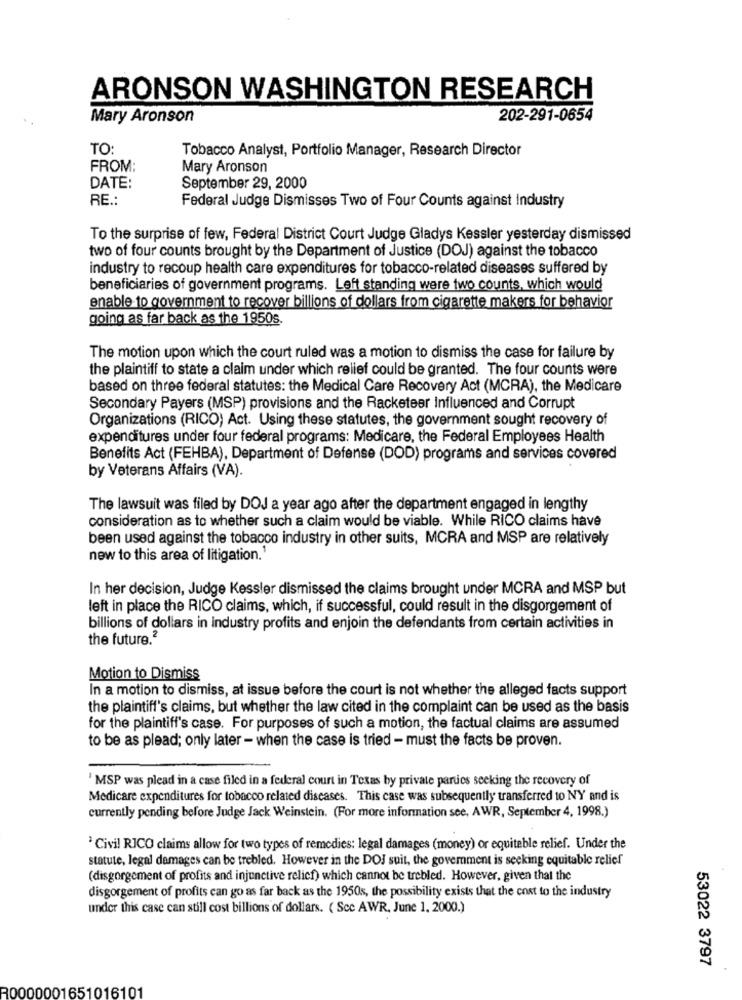
ARONSON WASHINGTON RESEARCH
Mary Aronson
202-291-0654
TO:
Tobacco Analyst, Portfolio Manager, Research Director
FROM:
Mary Aronson
DATE:
September 29, 2000
RE .:
Federal Judge Dismisses Two of Four Counts against Industry
To the surprise of few, Federal District Court Judge Gladys Kessler yesterday dismissed
two of four counts brought by the Department of Justice (DOJ) against the tobacco
industry to recoup health care expenditures for tobacco-related diseases suffered by
beneficiaries of government programs. Left standing were two counts, which would
enable to government to recover billions of dollars from cigarette makers for behavior
going as far back as the 1950s.
The motion upon which the court ruled was a motion to dismiss the case for failure by
the plaintiff to state a claim under which relief could be granted. The four counts were
based on three federal statutes: the Medical Care Recovery Act (MCRA), the Medicare
Secondary Payers (MSP) provisions and the Racketeer Influenced and Corrupt
Organizations (RICO) Act. Using these statutes, the government sought recovery of
expenditures under four federal programs: Medicare, the Federal Employees Health
Benefits Act (FEHBA), Department of Defense (DOD) programs and services covered
by Veterans Affairs (VA).
The lawsuit was filed by DOJ a year ago after the department engaged in lengthy
consideration as to whether such a claim would be viable. While RICO claims have
been used against the tobacco industry in other suits, MCRA and MSP are relatively
new to this area of litigation.1
In her decision, Judge Kessler dismissed the claims brought under MCRA and MSP but
left in place the RICO claims, which, if successful, could result in the disgorgement of
billions of dollars in industry profits and enjoin the defendants from certain activities in
the future.2
Motion to Dismiss
In a motion to dismiss, at issue before the court is not whether the alleged facts support
the plaintiff's claims, but whether the law cited in the complaint can be used as the basis
for the plaintiff's case. For purposes of such a motion, the factual claims are assumed
to be as plead; only later - when the case is tried - must the facts be proven.
' MSP was plead in a case filed in a federal court in Texas by private parties seeking the recovery of
Medicare expenditures for tobacco related diseases. This case was subsequently transferred to NY and is
currently pending before Judge Jack Weinstein. (For more information see, AWR, September 4, 1998.)
' Civil RICO claims allow for two types of remedies: legal damages (money) or equitable relief. Under the
statute, legal damages can be trebled. However in the DOJ suit, the government is seeking equitable relief
(disgorgement of profits and injunctive relief) which cannot be trebled. However, given that the
disgorgement of profits can go as far back as the 1950s, the possibility exists that the cost to the industry
under this case can still cost billions of dollars. ( Scc AWR, June 1. 2000.)
53022 3797
R0000001651016101